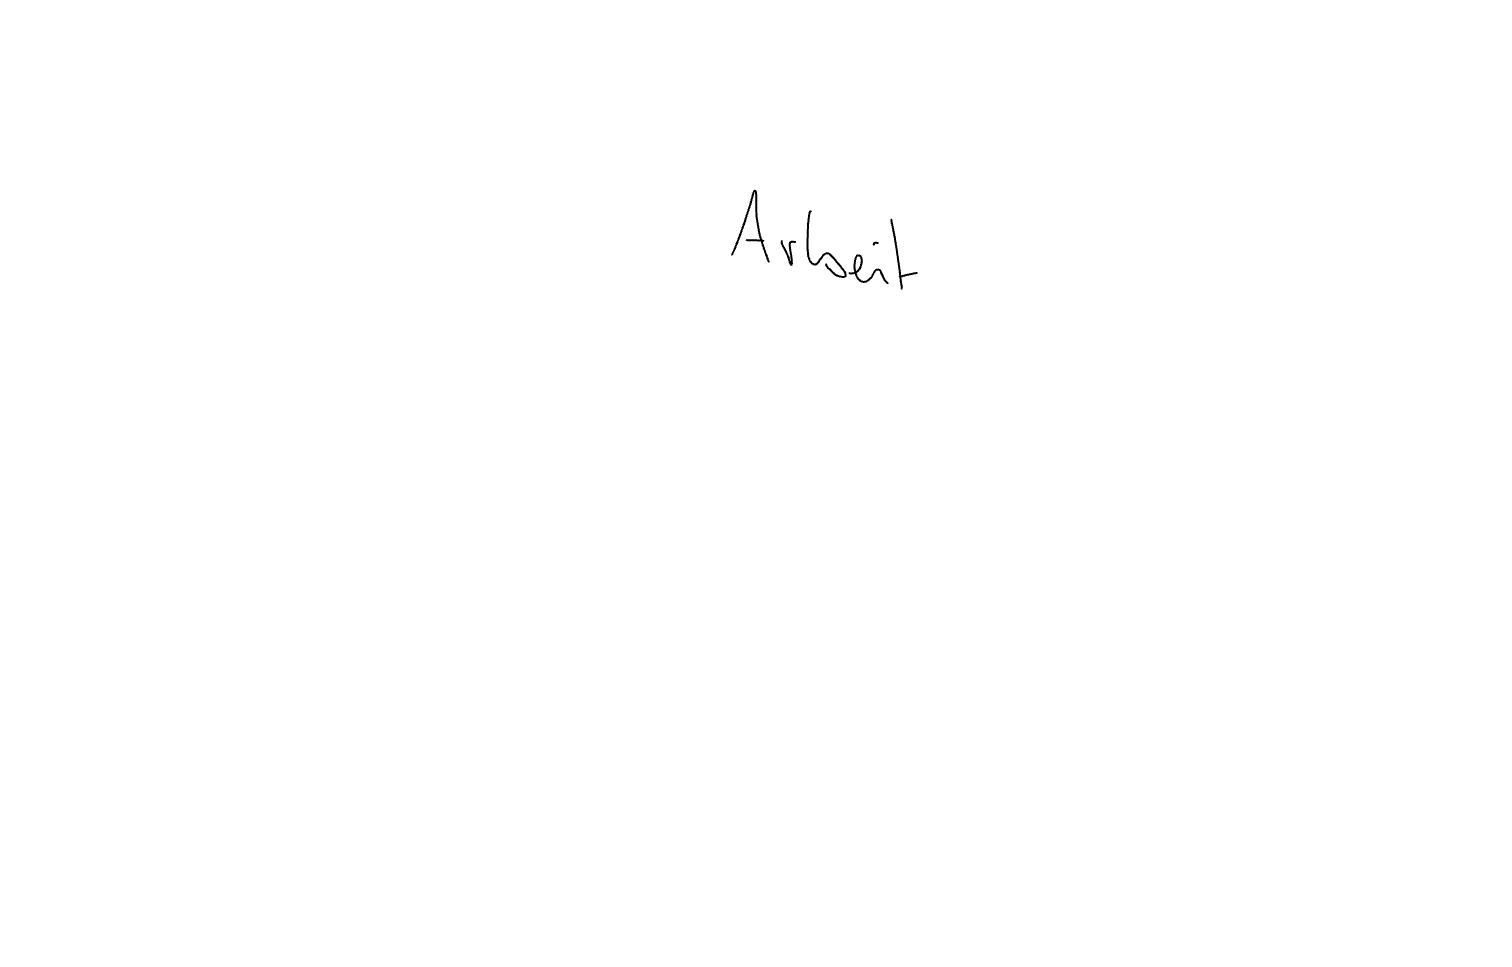
Text: Arbeit